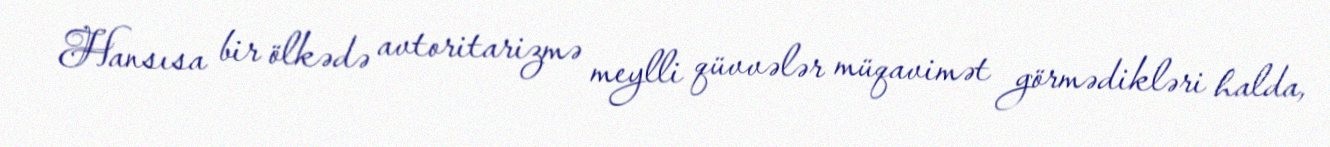
Hansısa bir ölkədə avtoritarizmə meylli qüvvələr müqavimət görmədikləri halda,